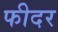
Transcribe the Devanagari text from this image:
फीदर